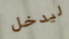
ليدخل